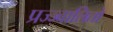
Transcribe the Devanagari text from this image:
प्रज्ज्वालितो